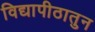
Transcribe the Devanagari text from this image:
विद्यापीठातुन